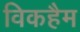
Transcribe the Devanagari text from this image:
विकहैम